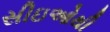
સીઇઓથી